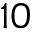
1 0